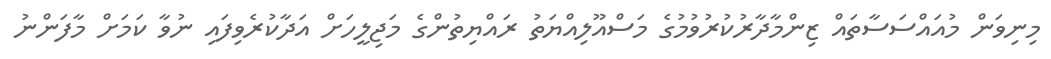
މިނިވަން މުއައްސަސާތައް ޒިންމާދާރުކުރުވުމުގެ މަސްއޫލިއްޔަތު ރައްޔިތުންގެ މަޖިލީހަށް އަދާކުރެވިފައި ނުވާ ކަމަށް މާފަންނު